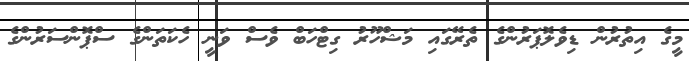
މީގެ އިތުރުން ޑިވެލޮޕަރުންގެ ތެރޭގައި މަޝްހޫރު ގިޓްހަބް ވެސް ވަނީ ހެކަތަންގެ ސްޕޮންސަރުންގެ